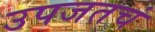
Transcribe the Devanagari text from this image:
उपजतचं